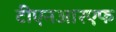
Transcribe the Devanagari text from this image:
टीएनआरएफ